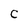
Character: C